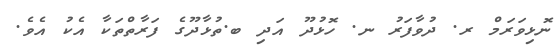
ނޮޅިވަރަމް ރ. ދުވާފަރު ނ. ހޮޅުދޫ އަދި ބ.ތުޅާދޫގެ ފަރާތްތަކާ އެކު އެވެ.